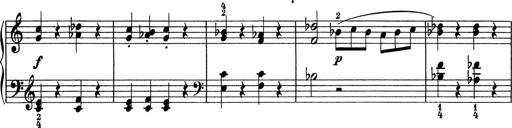
Title: 5 Sonatinen fÃ¼r die Jugend
Composer: Carl Reinecke